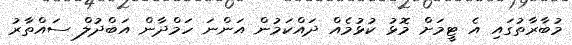
މުބާރާތުގައި އެ ޓީމަށް މޮޅު ކުޅުމެއް ދައްކަމުން އަންނަ ހަމްދާން އަބްދުލް ސައްތާރު